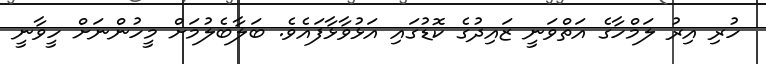
ހުރި އިރު ލަމްހާގެ އަތްވަނީ ޒައިދުގެ ކޮޑުގައި އަޅުވާޅާފައެވެ. ބަލާބެލުމަށް މީހުންނަށް ހީވާނީ